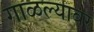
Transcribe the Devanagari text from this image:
गाळल्यावर